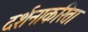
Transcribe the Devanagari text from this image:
दर्शनाकरिता